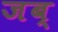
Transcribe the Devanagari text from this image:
जब्